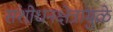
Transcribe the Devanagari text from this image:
संशोधनक्षेत्रांमुळे